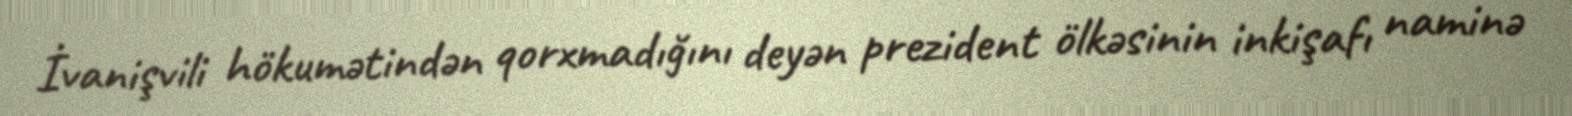
İvanişvili hökumətindən qorxmadığını deyən prezident ölkəsinin inkişafı naminə